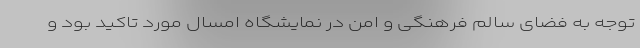
توجه به فضای سالم فرهنگی و امن در نمایشگاه امسال مورد تاکید بود و